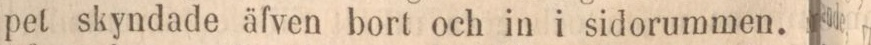
pet skyndade äfven bort och in i sidorummen.